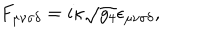
F _ { \mu \nu \sigma \delta } = i \kappa \sqrt { g _ { 4 } } \epsilon _ { \mu \nu \sigma \delta } ,